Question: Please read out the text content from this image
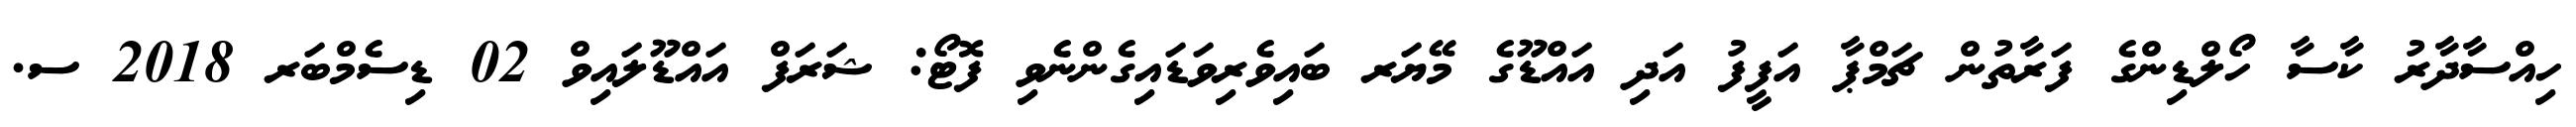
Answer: ހިއްސާދާރު ކާސާ ހޯލްޑިންގެ ފަރާތުން ޗަމްޕާ އަފީފު އަދި އައްޑޫގެ މޭޔަރ ބައިވެރިވަޑައިގެންނެވި ފޮޓޯ: ޝަރަފް އައްޑޫލައިވް 02 ޑިސެމްބަރ 2018 ސ.